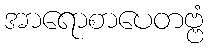
အာရောစာပေတဗ္ဗံ